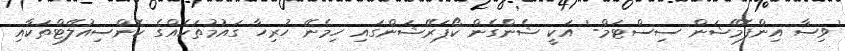
'ވިސާ އިންފޮމޭޝަން ސިސްޓަމް-' އަކީ ޝެންގެން ކޯޕަރޭޝަންގައި ހިމެނޭ ހުރިހާ ގައުމުތަކެއްގެ ކޮންސިއުލޭޓްތަކާއި